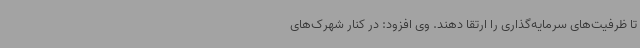
تا ظرفیت‌های سرمایه‌گذاری را ارتقا دهند. وی افزود: در کنار شهرک‌های